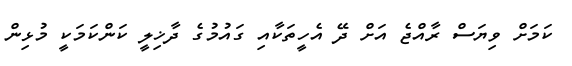
ކަމަށް ވިޔަސް ރާއްޖެ އަށް ދޭ އެހީތަކާއި ގައުމުގެ ދާޚިލީ ކަންކަމަކީ މުޅިން